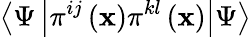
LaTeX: \left\langle\Psi\left|\pi^{ij}\left(\mathbf{x}\right)\pi^{kl}\left(\mathbf{x}\right)\right|\Psi\right\rangle